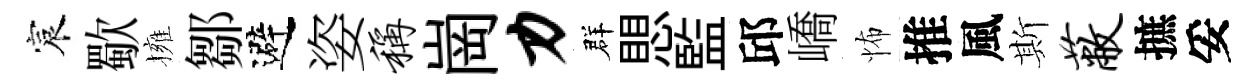
宸歜擁鄒避姿称崗力群愳監邱嶠怖推風斯蔽摭妥